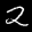
Label: 2